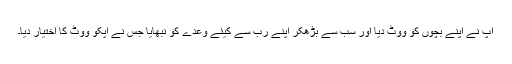
آپ نے اپنے بچوں کو ووٹ دیا اور سب سے بڑھکر اپنے رَب سے کیئے وعدے کو نبھایا جس نے آپکو ووٹ کا اختیار دیا۔